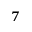
^ 7